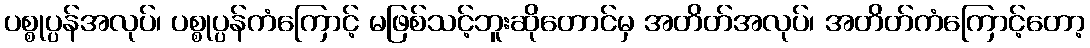
ပစ္စုပ္ပန်အလုပ်၊ ပစ္စုပ္ပန်ကံကြောင့် မဖြစ်သင့်ဘူးဆိုတောင်မှ အတိတ်အလုပ်၊ အတိတ်ကံကြောင့်တော့